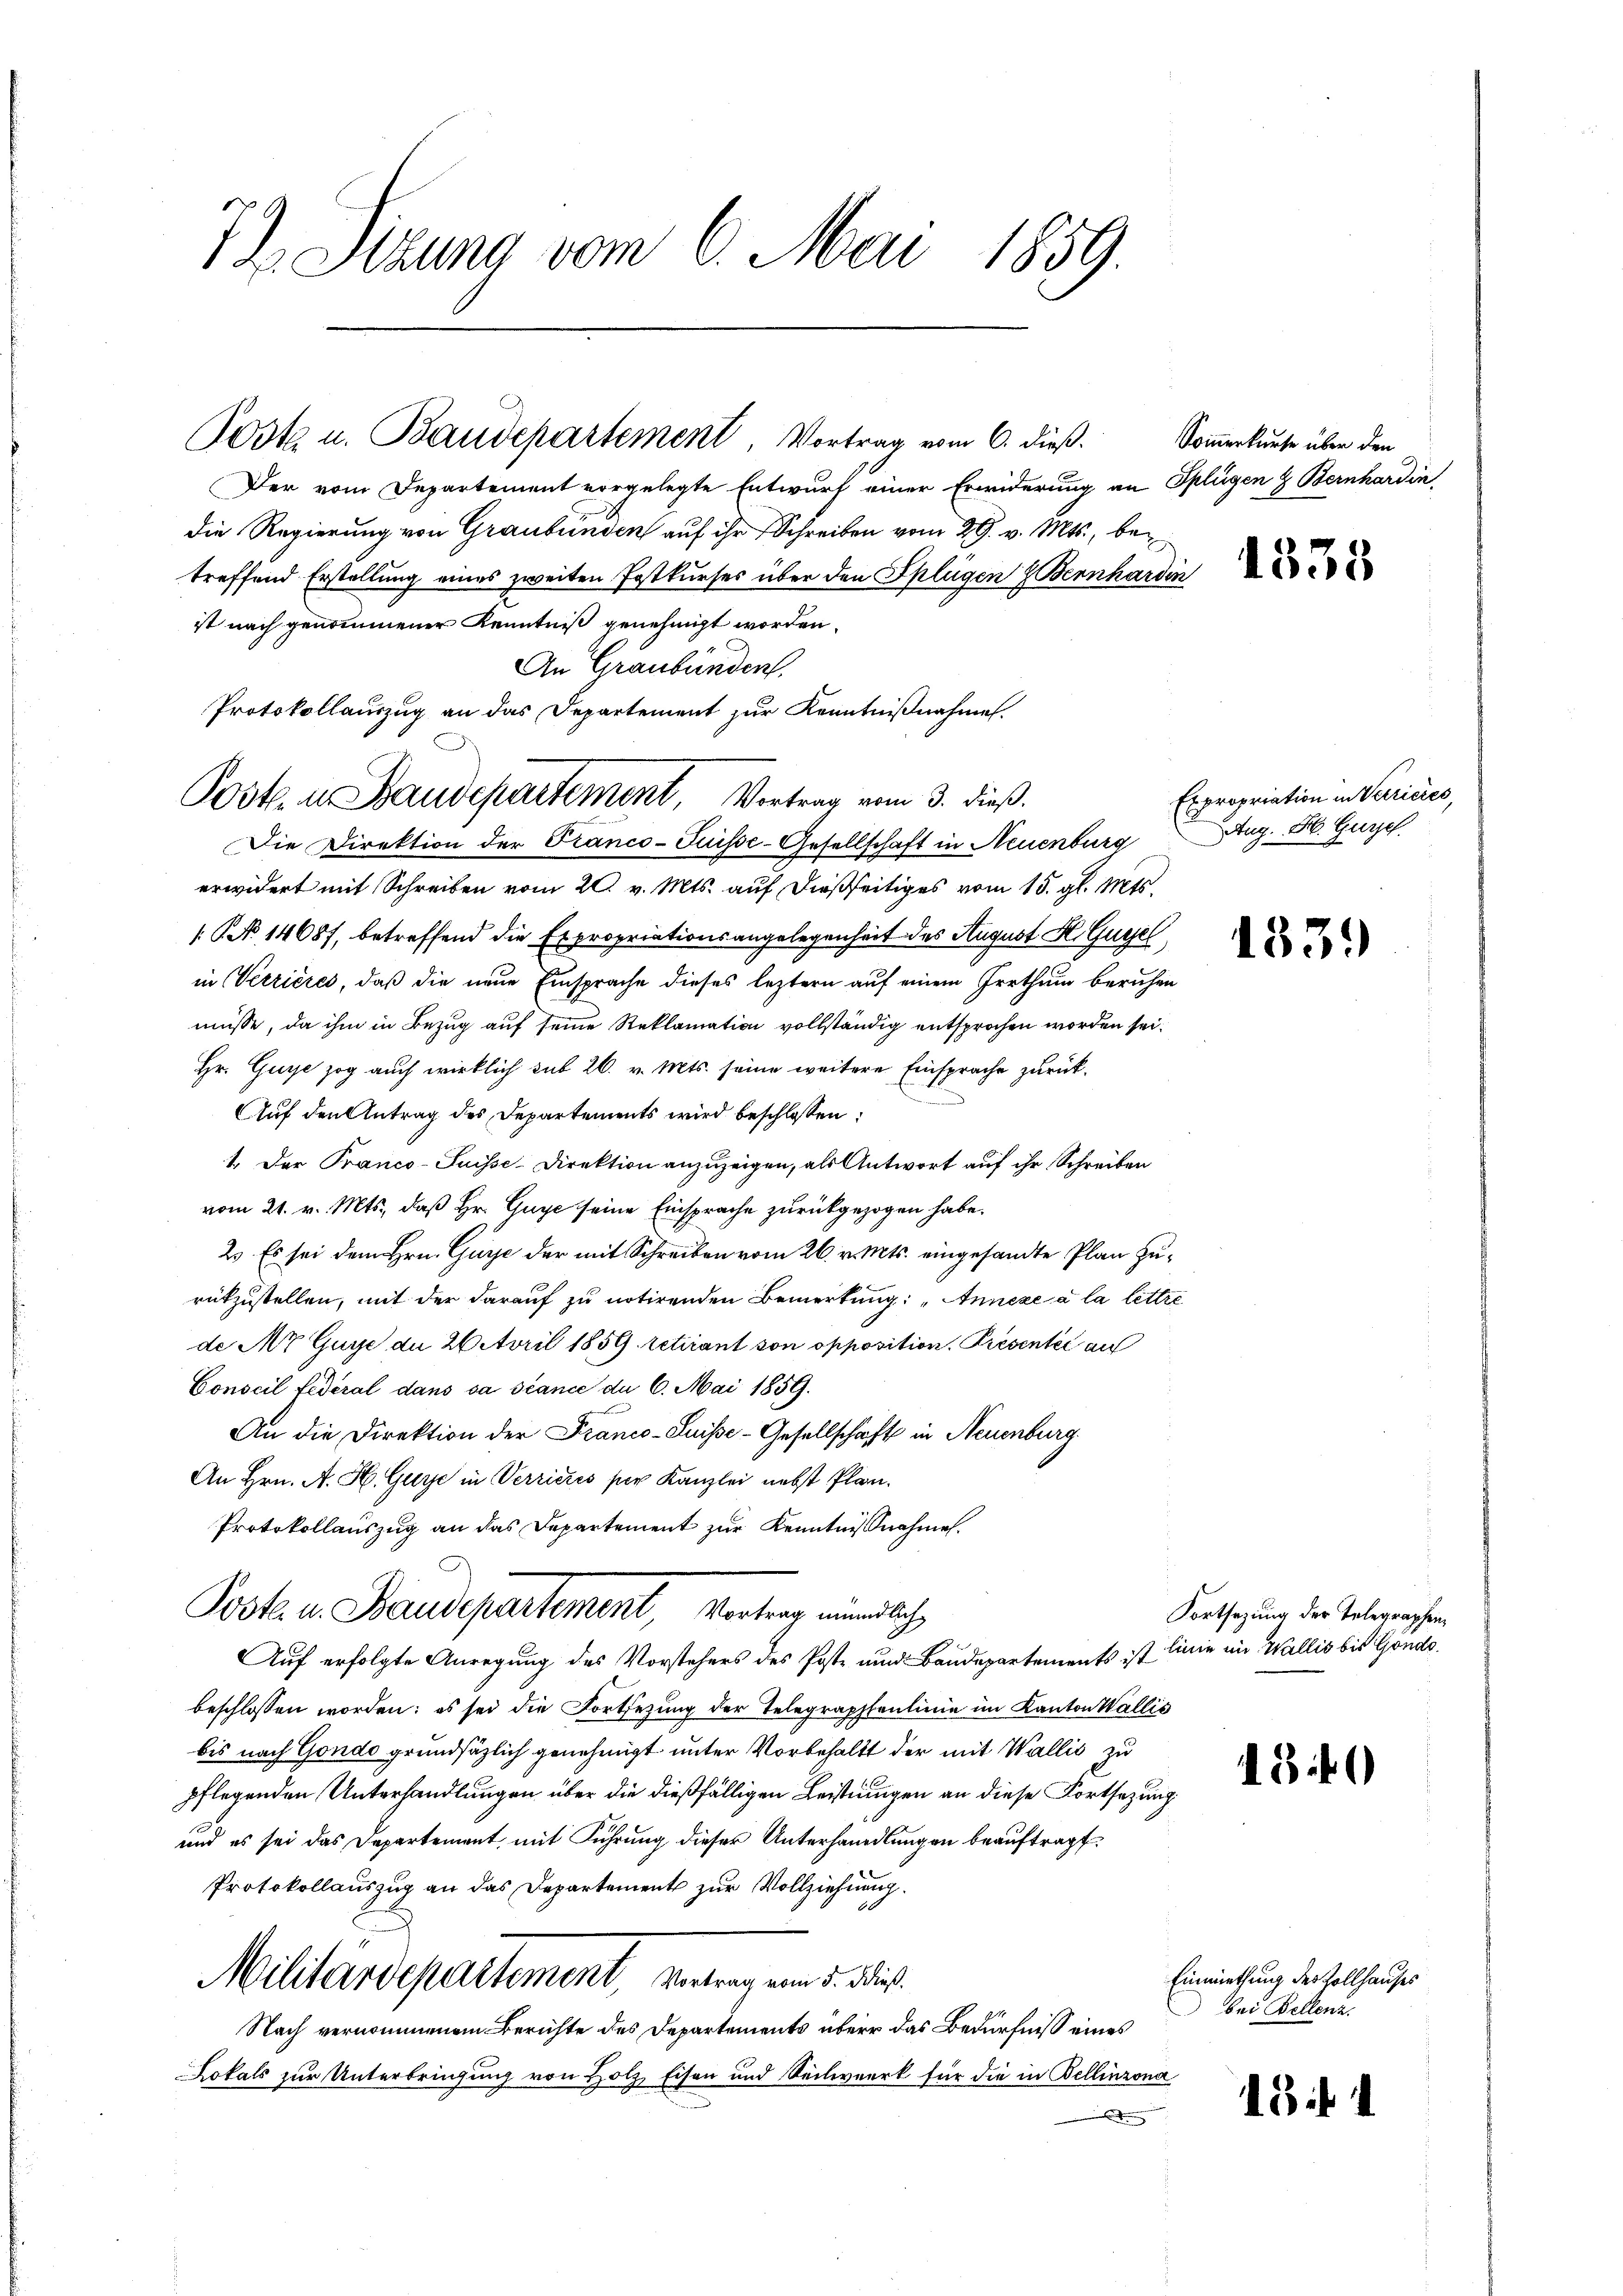
72. Sitzung vom 6. Mai 1859.

Post u. Baudepartement, Vortrag es

Der vom Departement vorgelegte Entwurf einer Erwiderung an Splügen & Bernhardin
die Regierung von Graubünden auf ihr Schreiben vom 29. v. Mts., betreffend Erstellung eines zweiten Postkurses über den Splügen Bernhardin
ist nach genommener Kenntniß genehmigt worden.
An Graubünden.
Die Direktion der Pranco- Puisse-Gesellschaft in Neuenburg
erwidert mit Schreiben vom 20. v. Mts. auf dießseitiges vom 15. gl. Mts.
[No 14687, betreffend die Expropriationsangelegenheit des August H. Gugel,
in Verrières, daß die neue Einsprache dieses leztern auf einem Irrthum beruhen
müsse, da ihm in Bezug auf seine Reklamation vollständig entsprochen worden sei.
Hr. Guye zog auch wirklich sub 26. v. Mts. seine weitere Einsprache zurück¬
Auf den Antrag des Departements wird beschlossen:
1. Der Pranco-Suisse-Direktion anzuzeigen, als Antwort auf ihr Schreiben
vom 21. v. Mts., daß Hr. Guye seine Einsprache zurückgezogen habe.
23. Es sei dem Hrn. Gure der mit Schreiben vom 26. v. Mts. eingesandte Plan zurükzustellen, mit der darauf zu notirenden Bemerkung: „Annexé à la lettre
de Mr. Guye de 26 April 1859. retirant von opposition. Presentée au
Conseil Federal dans sa stance du 6. Mai 1859.
An die Direktion der Franco-Luise-Gesellschaft in Neuenburg
An Hrn. A. H. Guye in Verrieres per Kanzlei nebst Plan¬
Protokollauszug an das Departement zur Kenntnißnahmen.
Post- u. Staudepartement, Vertrag mündliche
Auf erfolgte Anregung des Vorstehers des Poste und Baudepartements ist linie im Wallis bis Göndo.
beschlossen worden; es sei die Fortsetzung der Telegraphenlinie im Kanton Wallis
bis nach Gondo grundsätzlich genehmigt unter Vorbehalt der mit Wallis zu
pflegenden Unterhandlungen über die dießfälligen Leistungen an diese Fortsezung
und es sei das Departement mit Führung dieser Unterhandlungen beauftragt.
Protokollauszug an das Departement zur Vollziehung.
Militardepartement, Vertrag vom 5. dieß.
Nach vernommenem Berichte des Departements über das Bedürfniß eines
Lokals zur Unterbringung von Holz Eisen und Seilwerk für die in Bellinzona

Protokollauszug an das Departement zur Kenntnißnahmen.
Poste. u. Baudepartement, Vortrag vom 3. dieß

in 6. dieß.

Sommerkurse über den

1335

Expropriation in Verrieres,
Aug. H. Gursch

133.

Fortsezung der Telegraphen,

1340

Einmiethung des Zollhauses
 bei Bellenz,

184